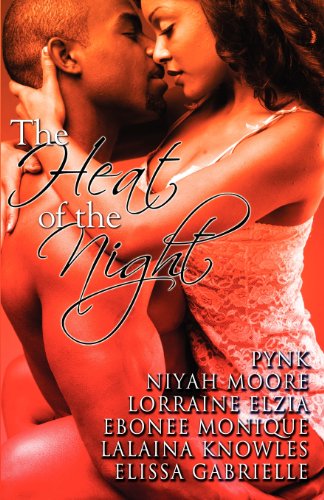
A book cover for The Heat of the Night (Peace in the Storm Publishing Presents); Elissa Gabrielle; Romance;